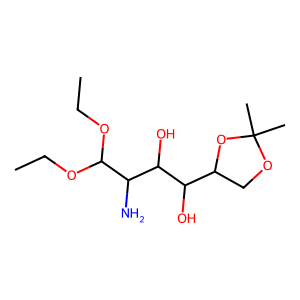
SMILES: CCOC(OCC)C(N)C(O)C(O)C1COC(C)(C)O1
Inhibits HIV replication: No